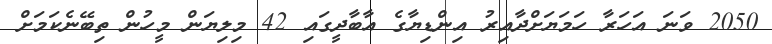
2050 ވަނަ އަހަރާ ހަމަޔަށްދާއިރު އިންޑިޔާގެ އާބާދީގައި 42 މިލިޔަން މީހުން ތިބޭނެކަމަށް